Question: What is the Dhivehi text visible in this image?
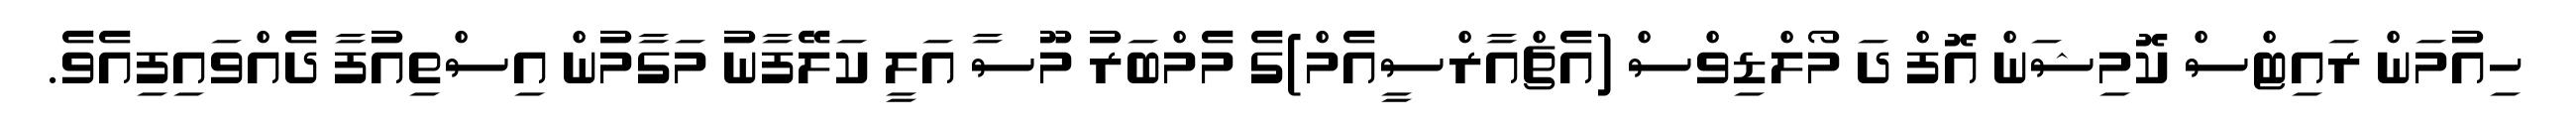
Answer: ހިއުމަން ރައިޓްސް ކޮމިޝަން އޮފް ދަ މޯލްޑިވްސް (އެޗްއާރްސީއެމް)ގެ މެމްބަރު މޫސާ އަލީ ކަލޭފާނު މަގާމުން އިސްތިއުފާ ދެއްވައިފިއެވެ.